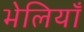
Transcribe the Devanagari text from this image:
भेलियाँ